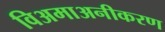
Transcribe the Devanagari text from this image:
विअमाअनीकरण